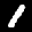
Label: 1